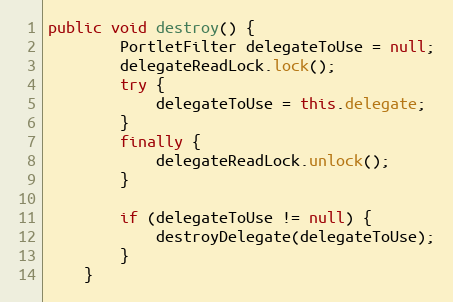
Language: Java
public void destroy() {
        PortletFilter delegateToUse = null;
        delegateReadLock.lock();
        try {
            delegateToUse = this.delegate;
        }
        finally {
            delegateReadLock.unlock();
        }

        if (delegateToUse != null) {
            destroyDelegate(delegateToUse);
        }
    }